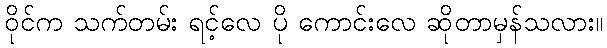
ဝိုင်က သက်တမ်း ရင့်လေ ပို ကောင်းလေ ဆိုတာမှန်သလား။